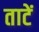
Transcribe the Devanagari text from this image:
ताटें